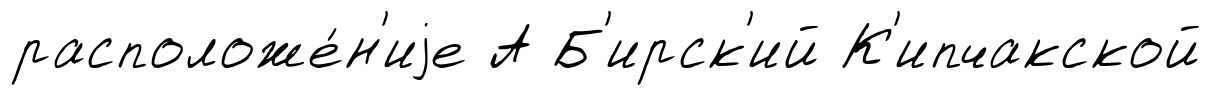
расположе́н'иjе А Б'ирск'ий К'ипчакской